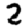
Digit: 2